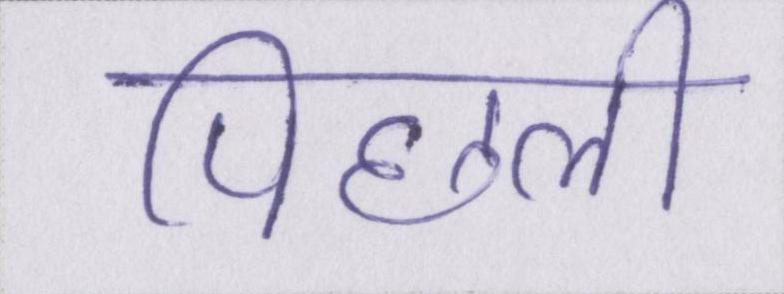
पिछली